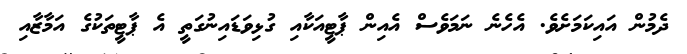
ދެމުން އައިކަމަށެވެ. އެހެނެ ނަމަވެސް އެއިން ޕާޓީއަކާއި ގުޅިވަޑައިނުގަތީ އެ ޕާޓީތަކުގެ އަމާޒާއި